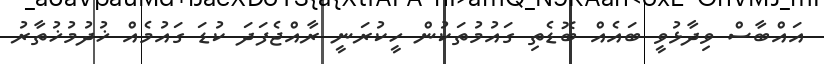
އައްބާސް ވިދާޅުވީ ބައެއް ބޮޑެތި ގައުމުތަކުން ހީކުރަނީ ރާއްޖެފަދަ ކުޑަ ގައުމެއް ޚުދުމުޚުތާރު